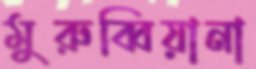
মুরুব্বিয়ানা